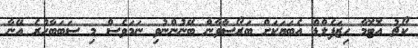
ކޯޗު އޮޓޮމާ ހިޒަފެލްޑް އެބަޔަކަށް ބަރޯސާވާން ބޭނުންނުވި ނަމަވެސް މި ސަބަބާހުރެ އޭނާ